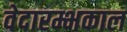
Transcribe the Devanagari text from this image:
वेदारम्भकाल